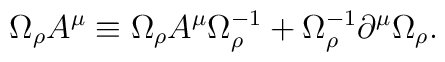
\Omega_{\rho} A^{\mu} \equiv \Omega_{\rho} A^{\mu}\Omega^{-1}_{\rho} + \Omega^{-1}_{\rho}\partial ^{\mu} \Omega_{\rho}.